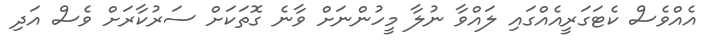
އެއްވެސް ކެޓަގަރީއެއްގައި ލައްވާ ނުލާ މީހުންނަށް ވާނެ ގޮތަކަށް ސަރުކާރަށް ވެސް އަދި